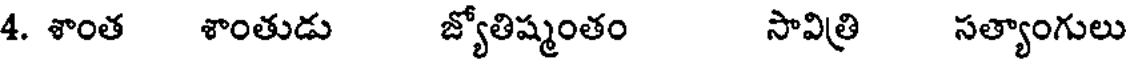
4. శాంత శాంతుడు జ్యోతిష్మంతం సావిత్రి సత్యాంగులు